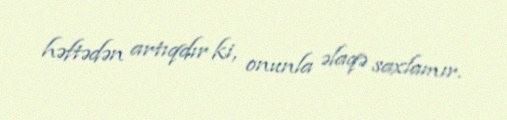
həftədən artıqdır ki, onunla əlaqə saxlamır.